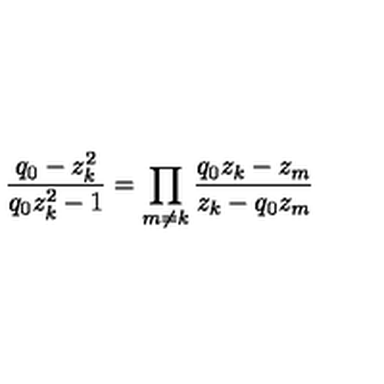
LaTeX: \frac { q _ { 0 } - z _ { k } ^ { 2 } } { q _ { 0 } z _ { k } ^ { 2 } - 1 } = \prod _ { m \neq k } \frac { q _ { 0 } z _ { k } - z _ { m } } { z _ { k } - q _ { 0 } z _ { m } }